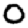
Digit: 0